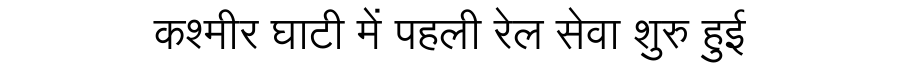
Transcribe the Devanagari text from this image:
कश्मीर घाटी में पहली रेल सेवा शुरु हुई